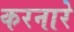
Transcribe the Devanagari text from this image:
करनारे